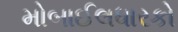
મોબાઈલધારકો